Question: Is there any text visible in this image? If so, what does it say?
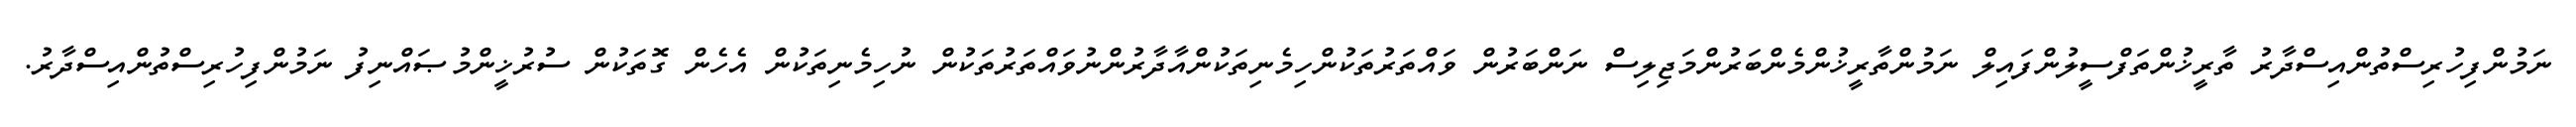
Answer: ނަމުންފިހުރިސްތުންއިސްދާރު ތާރީޚުންތަފްސީލުންފައިލް ނަމުންތާރީޚުންމެންބަރުންމަޖިލިސް ނަންބަރުން ވައްތަރުތަކުންހިމެނިތަކުންއާދާރުންނުވައްތަރުތަކުން ނުހިމެނިތަކުން އެހެން ގޮތަކުން ސުރުޚީންމުޞައްނިފު ނަމުންފިހުރިސްތުންއިސްދާރު.